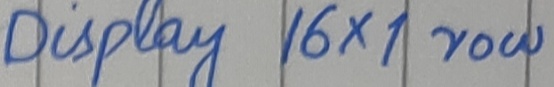
Text: Display 16x1 row